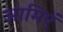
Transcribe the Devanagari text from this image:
आमिएं